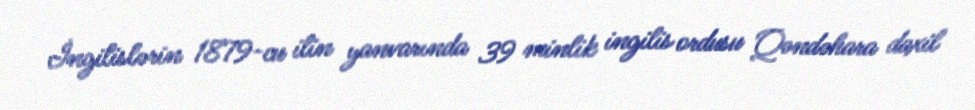
İngilislərin 1879-cu ilin yanvarında 39 minlik ingilis ordusu Qəndəhara daxil